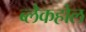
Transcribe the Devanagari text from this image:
ब्लैकहोल